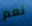
نعم